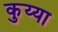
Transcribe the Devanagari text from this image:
कुय्या